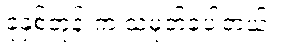
ခုနှစ်တုန်းက သမုတ်ခဲ့ပါတယ်။